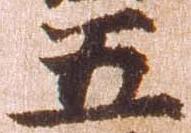
五